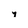
Character: y